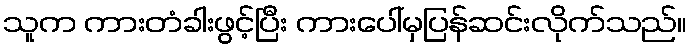
သူက ကားတံခါးဖွင့်ပြီး ကားပေါ်မှပြန်ဆင်းလိုက်သည်။